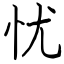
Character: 忧